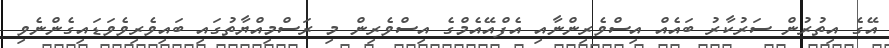
އޭގެ އިތުރުން ސަރުކާރު ބައެއް އިސްވެރިންނާއި އެފްއޭއެމްގެ އިސްވެރިން މި ރަސްމިއްޔާތުގައި ބައިވެރިވެވަޑައިގެންނެވި